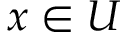
x \in U